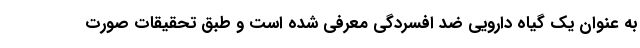
به عنوان یک گیاه دارویی ضد افسردگی معرفی شده است و طبق تحقیقات صورت